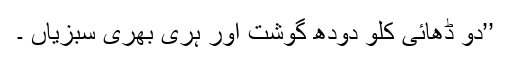
’’دو ڈھائی کلو دودھ گوشت اور ہری بھری سبزیاں ۔